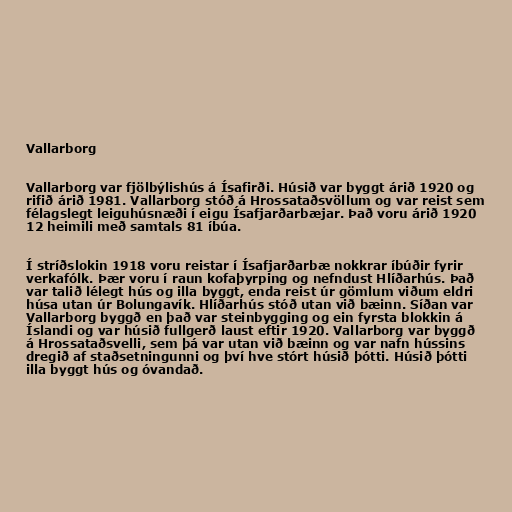
Vallarborg

Vallarborg var fjölbýlishús á Ísafirði. Húsið var byggt árið 1920 og
rifið árið 1981. Vallarborg stóð á Hrossataðsvöllum og var reist sem
félagslegt leiguhúsnæði í eigu Ísafjarðarbæjar. Það voru árið 1920
12 heimili með samtals 81 íbúa.

Í stríðslokin 1918 voru reistar í Ísafjarðarbæ nokkrar íbúðir fyrir
verkafólk. Þær voru í raun kofaþyrping og nefndust Hlíðarhús. Það
var talið lélegt hús og illa byggt, enda reist úr gömlum viðum eldri
húsa utan úr Bolungavík. Hlíðarhús stóð utan við bæinn. Síðan var
Vallarborg byggð en það var steinbygging og ein fyrsta blokkin á
Íslandi og var húsið fullgerð laust eftir 1920. Vallarborg var byggð
á Hrossataðsvelli, sem þá var utan við bæinn og var nafn hússins
dregið af staðsetningunni og því hve stórt húsið þótti. Húsið þótti
illa byggt hús og óvandað.